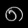
Digit: ၈